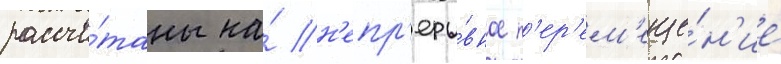
рассчи́таны на́ н'епр'еры́вное п'ер'ем'еще́н'ие